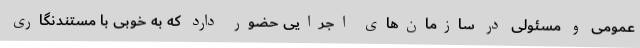
عمومی و مسئولی در سازمان‌های اجرایی حضور دارد که به خوبی با مستندنگاری